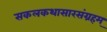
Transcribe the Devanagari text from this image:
सकलकथासारसंग्रहम्